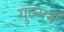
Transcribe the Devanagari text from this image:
गुल्मर्ग